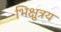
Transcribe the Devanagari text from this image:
भिक्षुत्रय